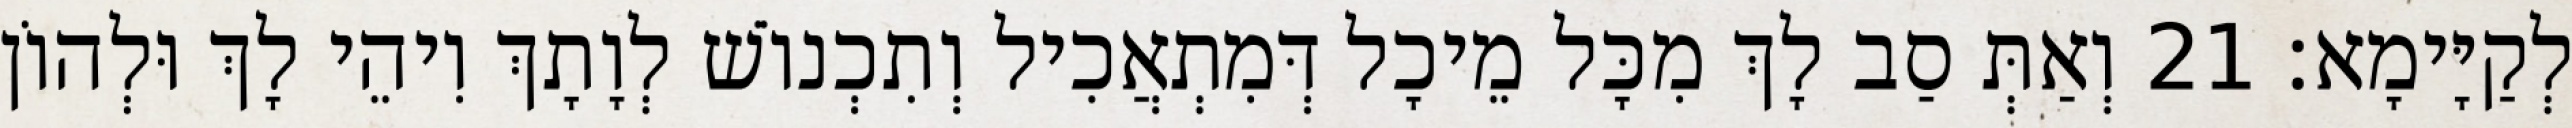
לְקַיָּימָא׃ 21 וְאַתְּ סַב לָךְ מִכָּל מֵיכָל דְּמִתְאֲכִיל וְתִכְנוֹשׁ לְוָתָךְ וִיהֵי לָךְ וּלְהוֹן